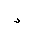
Letter: _dal